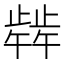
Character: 𬆋